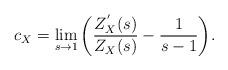
LaTeX: \begin{align*}c_{X}= \lim_{s\rightarrow 1}\bigg(\frac{Z^{'}_{X}(s)}{Z_{X}(s)}-\frac{1}{s-1}\bigg).\end{align*}